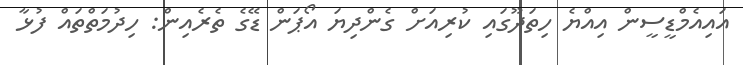
އައިއެމްޑީސީން އިއްޔެ ހިތަދޫގައި ކުރިއަށް ގެންދިޔަ އޯޕަން ޑޭގެ ތެރެއިން: ހިދުމަތްތައް ފުޅާ